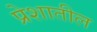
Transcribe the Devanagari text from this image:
प्रेशातील